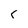
Character: c